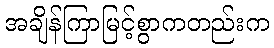
အချိန်ကြာမြင့်စွာကတည်းက